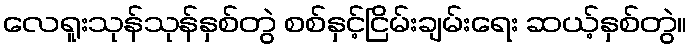
လေရူးသုန်သုန်နှစ်တွဲ စစ်နှင့်ငြိမ်းချမ်းရေး ဆယ့်နှစ်တွဲ။